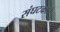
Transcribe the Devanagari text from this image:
संघटकाचे